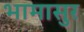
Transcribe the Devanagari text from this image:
भामासुर